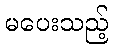
မပေးသည့်